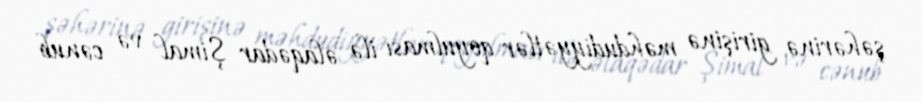
şəhərinə girişinə məhdudiyyətlər qoyulması ilə əlaqədar Şimal və cənub